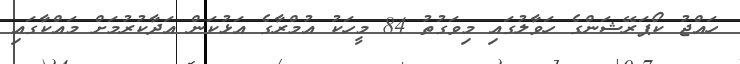
ހައްޖު ކޯޕަރޭޝަންގެ ހަވާލުގައި މިވަގުތު 84 މީހަކު އުމްރާގެ އަޅުކަން އަދާކުރުމަށް މައްކާގައި